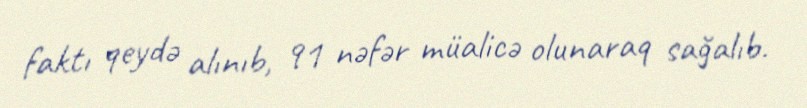
faktı qeydə alınıb, 91 nəfər müalicə olunaraq sağalıb.